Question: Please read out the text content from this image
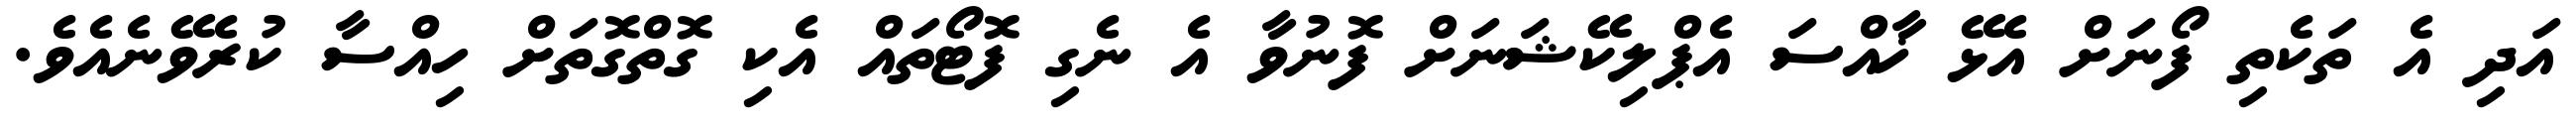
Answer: އަދި އެ ތަކެތި ފޯނަށް އެޅޭ ޚާއްސަ އެޕްލިކޭޝަނަށް ފޮނުވާ އެ ނެގި ފޮޓޯތައް އެކި ގޮތްގޮތަށް ހިއްސާ ކުރެވޭނެއެވެ.